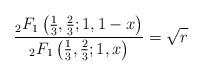
LaTeX: \begin{align*}\frac{{}_2F_1\left(\frac{1}{3},\frac{2}{3};1,1-x\right)}{{}_2F_1\left(\frac{1}{3},\frac{2}{3};1,x\right)}=\sqrt{r}\end{align*}